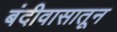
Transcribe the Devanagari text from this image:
बंदीवासातून